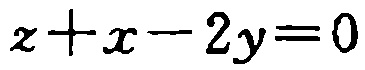
\(z + x - 2y = 0\)